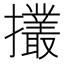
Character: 𢹸